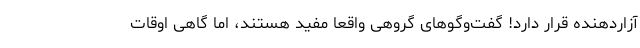
آزاردهنده قرار دارد! گفت‌وگوهای گروهی واقعا مفید هستند، اما گاهی اوقات